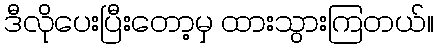
ဒီလိုပေးပြီးတော့မှ ထားသွားကြတယ်။